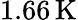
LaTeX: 1.66\, \mathrm{K}